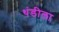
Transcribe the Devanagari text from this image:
थंडीला